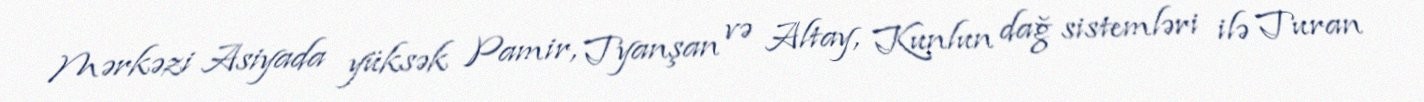
Mərkəzi Asiyada yüksək Pamir, Tyanşan və Altay, Kunlun dağ sistemləri ilə Turan